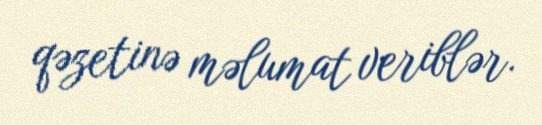
qəzetinə məlumat veriblər.